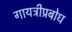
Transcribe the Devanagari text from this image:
गायत्रीप्रबोध